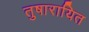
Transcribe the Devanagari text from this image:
तुषारायित